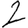
Digit: 2